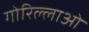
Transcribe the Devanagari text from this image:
गोरिल्लाओं